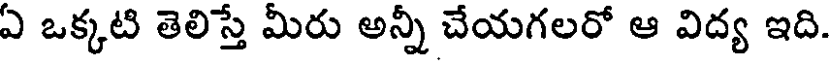
ఏ ఒక్కటి తెలిస్తే మీరు అన్నీ చేయగలరో ఆ విద్య ఇది.